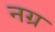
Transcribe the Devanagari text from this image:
नग्र